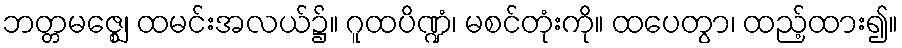
ဘတ္တမဇ္ဈေ၊ ထမင်းအလယ်၌။ ဂူထပိဏ္ဍံ၊ မစင်တုံးကို။ ထပေတွာ၊ ထည့်ထား၍။